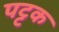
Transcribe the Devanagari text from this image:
पट्टक